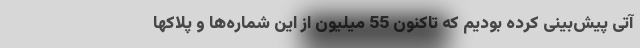
آتی پیش‌بینی کرده بودیم که تاکنون 55 میلیون از این شماره‌ها و پلاکها